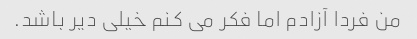
من فردا آزادم اما فکر می کنم خیلی دیر باشد.